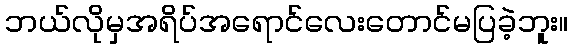
ဘယ်လိုမှအရိပ်အရောင်လေးတောင်မပြခဲ့ဘူး။